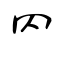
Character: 罓